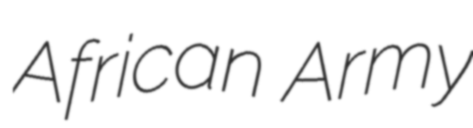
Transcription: African Army